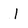
Character: I